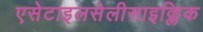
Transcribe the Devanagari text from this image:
एसेटाइलसेलीसाइक्लिक